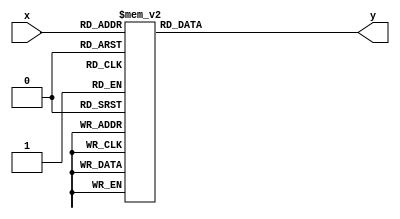
module seg7(
 input[3:0]x,
 output[7:0]y);
 reg[7:0]sout_t;
 always @(*)
  case(x)
   4'h0: sout_t=8'b11000000;
   4'h1: sout_t=8'b11111001;
   4'h2: sout_t=8'b10100100;
   4'h3: sout_t=8'b10110000;
   4'h4: sout_t=8'b10011001;
   4'h5: sout_t=8'b10010010;
   4'h6: sout_t=8'b10000011;
   4'h7: sout_t=8'b11111000;
	4'h8: sout_t=8'b10000000;
   4'h9: sout_t=8'b10011000;
   4'ha: sout_t=8'b10001000;
   4'hb: sout_t=8'b10000011;
   4'hc: sout_t=8'b11000110;
   4'hd: sout_t=8'b10100001;
   4'he: sout_t=8'b10000110;
	4'hf: sout_t=8'b00001110;
	default: sout_t=8'b11111111;
  endcase
 assign y = sout_t;
endmodule